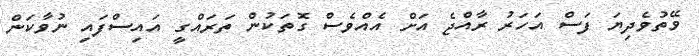
ވޭތުވެދިޔަ ފަސް އަހަރު ރާއްޖެ އަށް އެއްވެސް ގޮތަކުން ތަރައްގީ އައިސްފައި ނުވާކަން